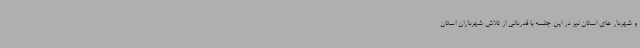
و شهردار های استان نیز در این جلسه با قدردانی از تلاش شهرداران استان